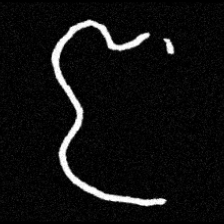
Pyu character \u2014 Myanmar letter: ဇ (romanized: ja)